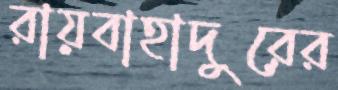
রায়বাহাদুরের